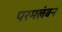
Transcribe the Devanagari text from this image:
परमलंबन